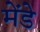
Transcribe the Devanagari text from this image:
मेंडे